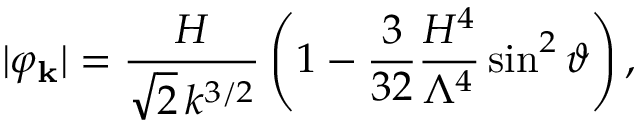
\vert \varphi _ { \bf k } \vert = \frac { H } { \sqrt { 2 } \, k ^ { 3 / 2 } } \left( 1 - \frac { 3 } { 3 2 } \frac { H ^ { 4 } } { \Lambda ^ { 4 } } \sin ^ { 2 } \vartheta \right) ,